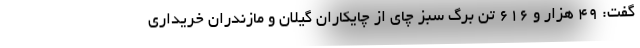
گفت: ۴۹ هزار و ۶۱۶ تن برگ سبز چای از چایکاران گیلان و مازندران خریداری